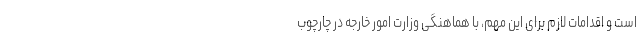
است و اقدامات لازم برای این مهم، با هماهنگی وزارت امور خارجه در چارچوب